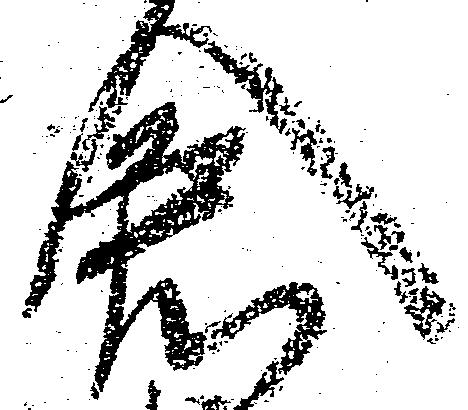
倉